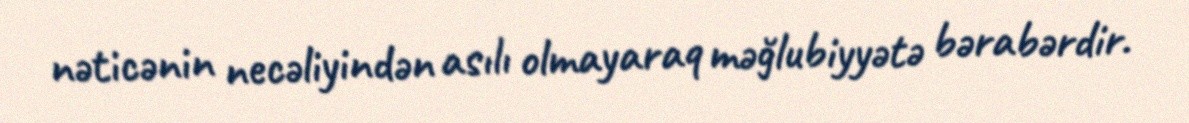
nəticənin necəliyindən asılı olmayaraq məğlubiyyətə bərabərdir.